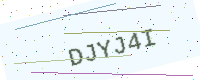
Text: DJYJ4I